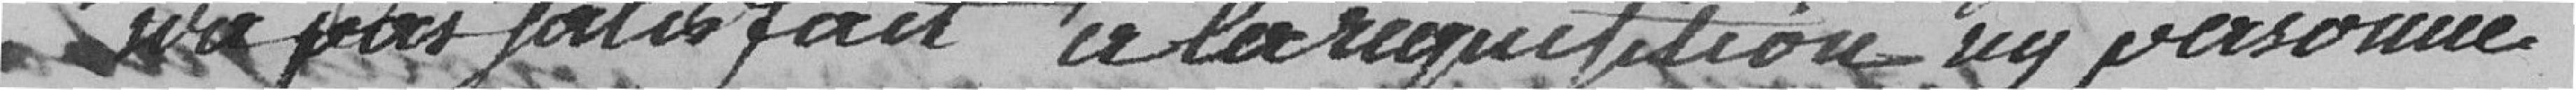
n'a pas satisfait à la réquisition ni personne.